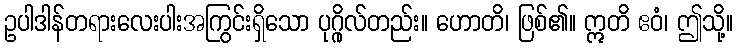
ဥပါဒါန်တရားလေးပါးအကြွင်းရှိသော ပုဂ္ဂိုလ်တည်း။ ဟောတိ၊ ဖြစ်၏။ ဣတိ ဧဝံ၊ ဤသို့။